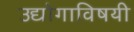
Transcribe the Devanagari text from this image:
उद्योगाविषयी